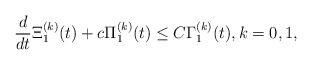
LaTeX: \begin{align*}\frac{d}{dt}\Xi_1^{(k)}(t)+c\Pi_1^{(k)}(t)\leq C\Gamma_1^{(k)}(t),k=0,1,\end{align*}